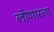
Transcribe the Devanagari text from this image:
लोणारला